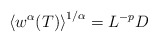
\begin{align*}\left\langle w^{\alpha}(T)\right\rangle^{1/\alpha}=L^{-p}D\end{align*}